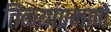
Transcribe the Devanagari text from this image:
तिळ्यांप्रमाणे